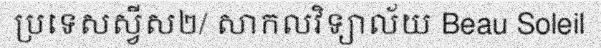
ប្រទេសស្វីស២/ សាកលវិទ្យាល័យ Beau Soleil